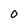
Character: O